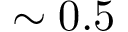
\sim 0 . 5